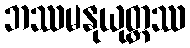
ဘဿမနုယုတ္တဿ